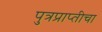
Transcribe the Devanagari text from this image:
पुत्रप्राप्‍तीचा